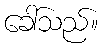
ခေါ်သည်။